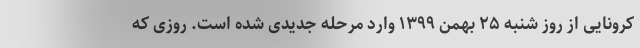
کرونایی از روز شنبه ۲۵ بهمن ۱۳۹۹ وارد مرحله جدیدی شده است. روزی که